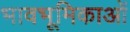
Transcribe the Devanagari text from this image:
भावभूमिकाओं